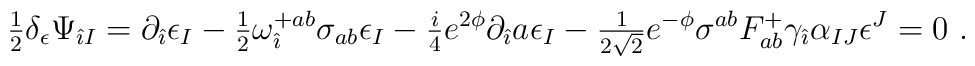
{\textstyle\frac{1}{2}} \delta_{\epsilon} \Psi_{\hat{\imath} I}=\partial_{\hat{\imath}} \epsilon_{I}-{\textstyle\frac{1}{2}} \omega_{\hat{\imath}}^{+ab} \sigma_{ab}\epsilon_{I}-{\textstyle\frac{i}{4}} e^{2\phi} \partial_{\hat{\imath}}a \epsilon_{I}-{\textstyle\frac{1}{2\sqrt{2}}} e^{-\phi} \sigma^{ab}F_{ab}^{+} \gamma_{\hat{\imath}} \alpha_{IJ} \epsilon^{J}=0\  .